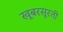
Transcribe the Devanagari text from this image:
खूबरसूरती